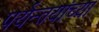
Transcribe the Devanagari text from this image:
पर्यन्तयांच्या